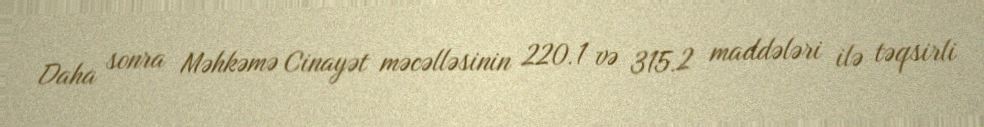
Daha sonra Məhkəmə Cinayət məcəlləsinin 220.1 və 315.2 maddələri ilə təqsirli